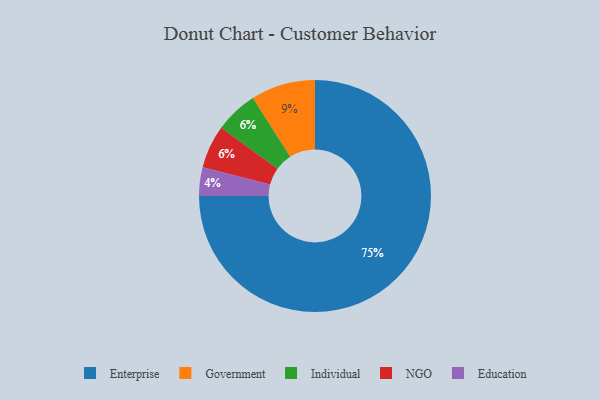
{"axis": {"x": "Category", "y": "Percentage"}, "legend": ["Education", "Enterprise", "Government", "Individual", "NGO"], "data": [{"x": "Enterprise", "y": 75, "type": "Enterprise"}, {"x": "Individual", "y": 6, "type": "Individual"}, {"x": "NGO", "y": 6, "type": "NGO"}, {"x": "Government", "y": 9, "type": "Government"}, {"x": "Education", "y": 4, "type": "Education"}]}